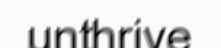
unthrive